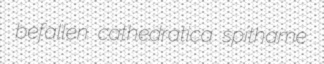
befallen cathedratica spithame